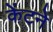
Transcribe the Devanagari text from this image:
केंटने